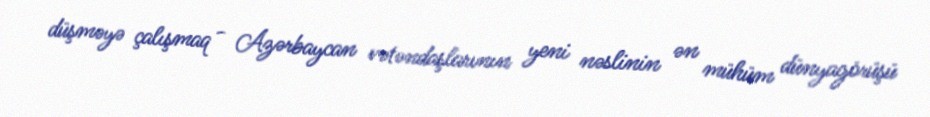
düşməyə çalışmaq - Azərbaycan vətəndaşlarının yeni nəslinin ən mühüm dünyagörüşü